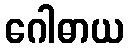
ဂေါဓာယ